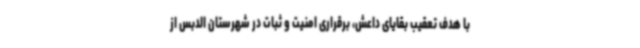
با هدف تعقیب بقایای داعش، برقراری امنیت و ثبات در شهرستان الدبس از